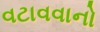
વટાવવાનો